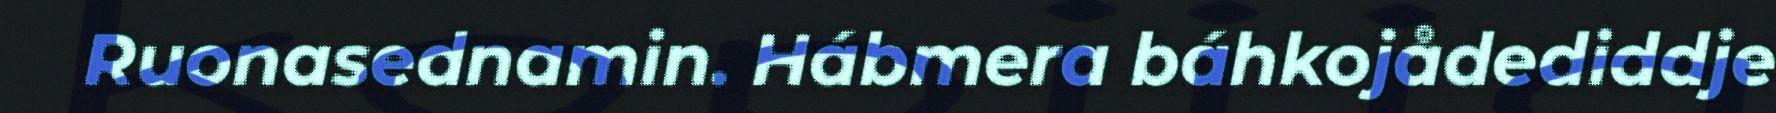
Ruonasednamin. Hábmera báhkojådediddje